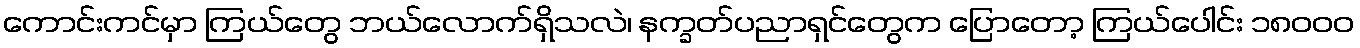
ကောင်းကင်မှာ ကြယ်တွေ ဘယ်လောက်ရှိသလဲ၊ နက္ခတ်ပညာရှင်တွေက ပြောတော့ ကြယ်ပေါင်း ၁၈၀၀၀